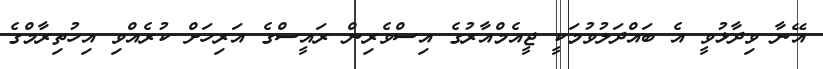
އޭނާ ވިދާޅުވީ އެ ބައްދަލުވުމަކީ ޖީއެމްއާރުގެ އިސްވެރިން ރައީސްގެ އަރިހަށް ކުރެއްވި އިހުތިރާމްގެ